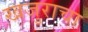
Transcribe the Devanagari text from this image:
खजुराचा